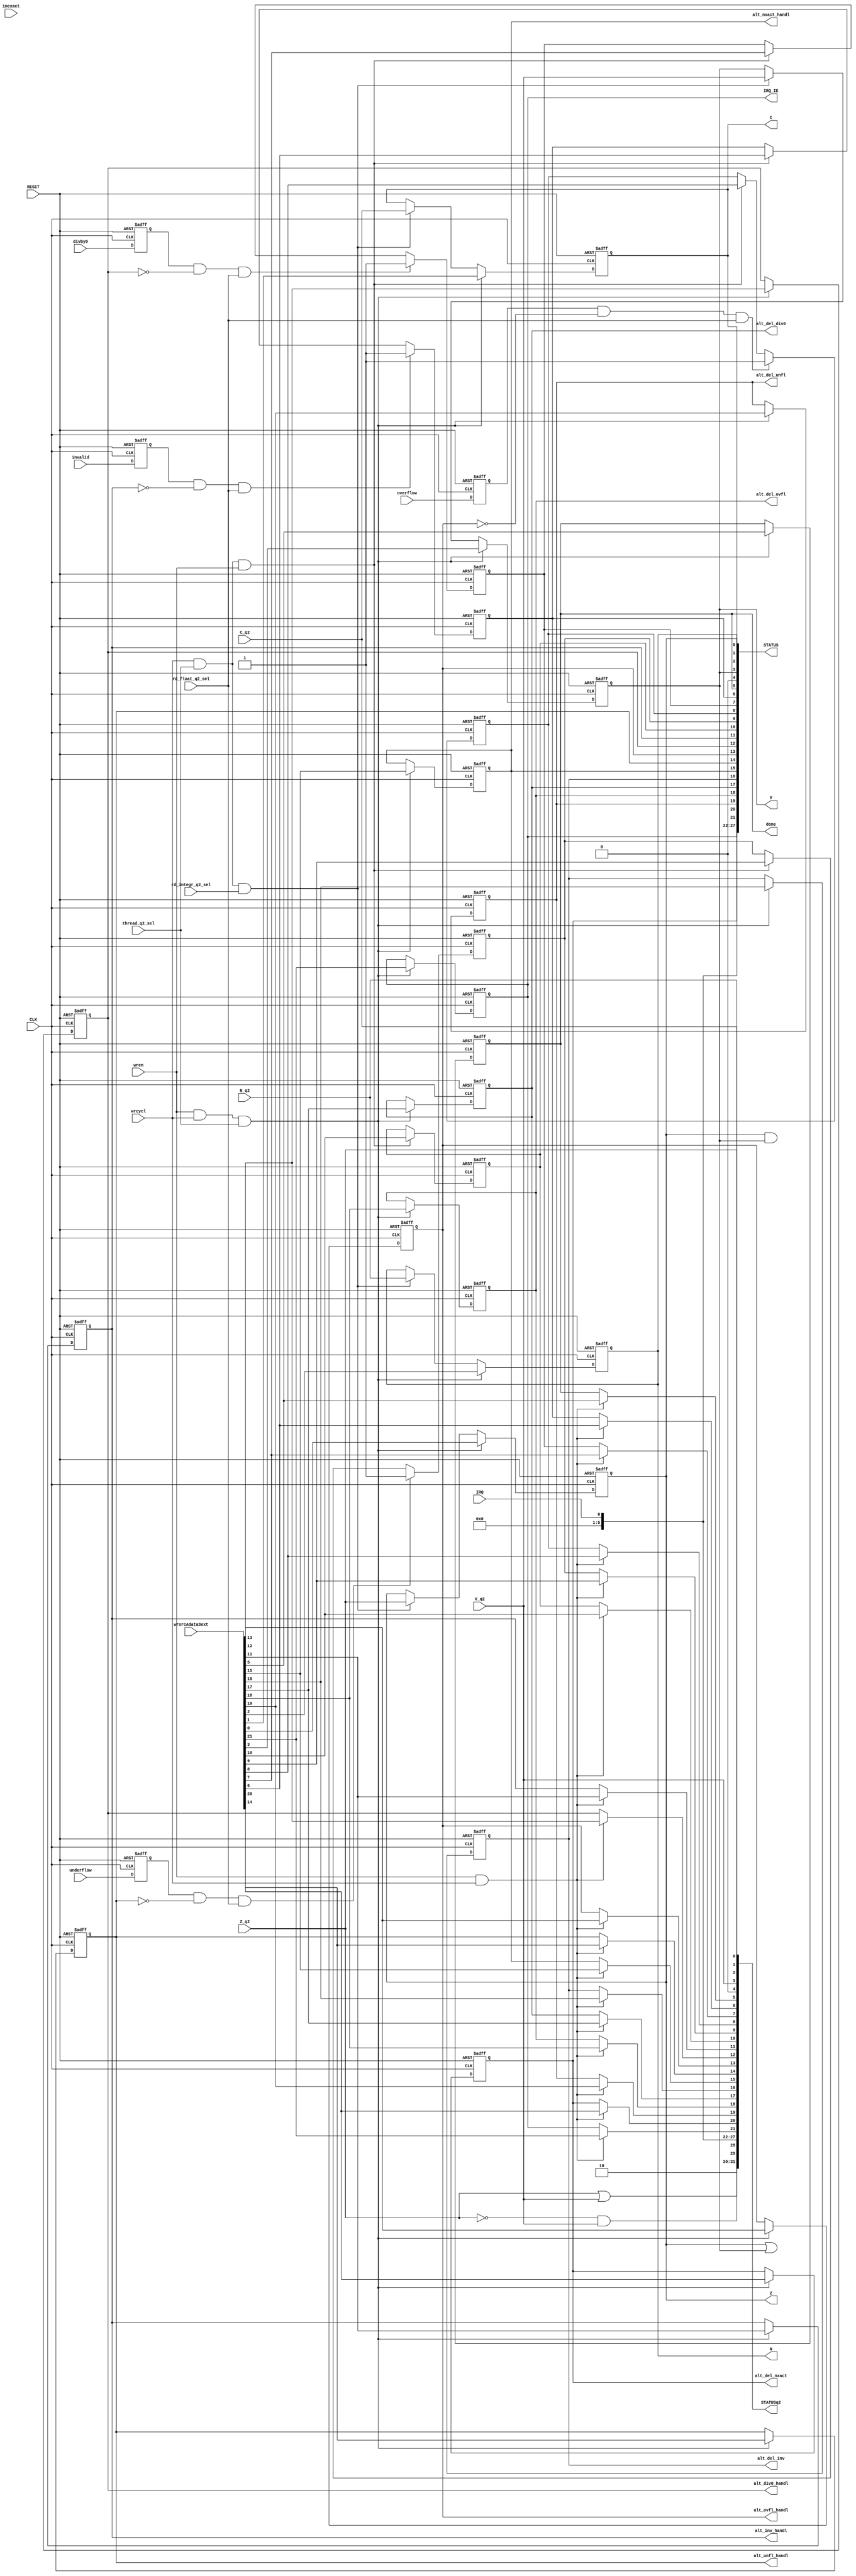
 // STATUS_REG.v
 `timescale 1ns/100ps
 // Version:  1.00  Sept. 23, 2017
 // Copyright (C) 2017.  All rights reserved.
/////////////////////////////////////////////////////////////////////////////////////////////////////////////////////
//                                                                                                                 //
//                                 SYMPL 64-BIT GP-GPU Compute Engine                                              //
//                              Evaluation and Product Development License                                         //
//                                                                                                                 //
// Provided that you comply with all the terms and conditions set forth herein, Jerry D. Harthcock ("licensor"),   //
// the original author and exclusive copyright owner of these SYMPL 64-BIT ~ Verilog RTL IP cores and related      //
// development software ("this IP")  hereby grants recipient of this IP ("licensee"), a world-wide, paid-up,       //
// non-exclusi~ve license to implement this IP in Xilinx, Altera, MicroSemi or Lattice Semiconductor brand FPGAs   //
// only and used for the purposes of evaluation, education, and development of end products and related            //
// development tools only.  Furthermore, limited to the  the purposes of prototyping, evaluation, characterization //
// and testing of their implementation in a hard,  custom or semi-custom ASIC, any university or institution of    //
// higher education may have their implementation of  this IP produced for said limited purposes at any foundary   //
// of their choosing provided that such prototypes do  not ever wind up in commercial circulation with such        //
// license extending to said foundary and is in connection  with said academic pursuit and under the supervision   //
// of said university or institution of higher education.                                                          //
//                                                                                                                 //
// Any customization, modification, or derivative work of this IP must include an exact copy of this license       //
// and original copyright notice at the very top of each source file and derived netlist, and, in the case of      //
// binaries, a printed copy of this license and/or a text format copy in a separate file distributed with said     //
// netlists or binary files having the file name, "LICENSE.txt".  You, the licensee, also agree not to remove      //
// any copyright notices from any source file covered under this Evaluation and Product Development License.       //
//                                                                                                                 //
// LICENSOR DOES NOT WARRANT OR GUARANTEE THAT YOUR USE OF THIS IP WILL NOT INFRINGE THE RIGHTS OF OTHERS OR       //
// THAT IT IS SUITABLE OR FIT FOR ANY PURPOSE AND THAT YOU, THE LICENSEE, AGREE TO HOLD LICENSOR HARMLESS FROM     //
// ANY CLAIM BROUGHT BY YOU OR ANY THIRD PARTY FOR YOUR SUCH USE.                                                  //
//                                                                                                                 //
// Licensor reserves all his rights without prejudice, including, but in no way limited to, the right to change    //
// or modify the terms and conditions of this Evaluation and Product Development License anytime without notice    //
// of any kind to anyone. By using this IP for any purpose, you agree to all the terms and conditions set forth    //
// in this Evaluation and Product Development License.                                                             //
//                                                                                                                 //
// This Evaluation and Product Development License does not include the right to sell products that incorporate    //
// this IP, any IP derived from this IP.  If you would like to obtain such a license, please contact Licensor.     //
//                                                                                                                 //
// Licensor can be contacted at:  SYMPL.gpu@gmail.com                                                              //
//                                                                                                                 //
/////////////////////////////////////////////////////////////////////////////////////////////////////////////////////

module STATUS_REG (
    CLK,
    RESET,
    wrcycl,           
    wren,
    thread_q2_sel,
    wrsrcAdataSext,        
    V_q2,
    N_q2, 
    C_q2, 
    Z_q2,
    V,
    N,
    C,
    Z,
    IRQ,
    done,
    invalid,
    alt_inv_handl,
    divby0,
    alt_div0_handl,
    overflow,
    alt_ovfl_handl,
    underflow,
    alt_unfl_handl,
    inexact,
    alt_nxact_handl,
    alt_del_nxact,
    alt_del_unfl,
    alt_del_ovfl,
    alt_del_div0,
    alt_del_inv,
    IRQ_IE,
    STATUS,
    STATUSq2,
    rd_float_q2_sel,
    rd_integr_q2_sel
);

input  CLK;
input  RESET;
input  wrcycl;           
input  wren;
input  thread_q2_sel;
input  [31:0] wrsrcAdataSext;        
input  V_q2;
input  N_q2; 
input  C_q2; 
input  Z_q2; 
output V;
output N;
output C;
output Z;
input  invalid;
input  divby0;
input  overflow;
input  underflow;
input  inexact;
input  IRQ;
output done;
output alt_del_nxact;
output alt_del_unfl; 
output alt_del_ovfl; 
output alt_del_div0; 
output alt_del_inv;  
output alt_inv_handl;
output alt_div0_handl;
output alt_ovfl_handl;
output alt_unfl_handl;
output alt_nxact_handl;
output IRQ_IE;
output [31:0] STATUS;
output [31:0] STATUSq2;
input rd_float_q2_sel;
input rd_integr_q2_sel;

parameter ST_ADDRS = 18'h0FF88;

reg IRQ_IE; 
reg alt_del_nxact; 
reg alt_del_unfl; 
reg alt_del_ovfl; 
reg alt_del_div0; 
reg alt_del_inv; 
reg alt_nxact_handl; 
reg alt_unfl_handl; 
reg alt_ovfl_handl; 
reg alt_div0_handl; 
reg alt_inv_handl;
reg invalid_flag;
reg divby0_flag;
reg overflow_flag;
reg underflow_flag;
reg inexact_flag;

reg done; 
reg V;
reg N;
reg C;
reg Z;


wire [31:0] STATUS;
wire [31:0] STATUSq2;

assign  STATUS = {  2'b10,
                    Z | V,                 // LTE (less than or equal)
                    Z & V,                 // LT  (less than)
                    5'b00000,
                    IRQ,                   // tr0 general-purpose interrupt request
                    IRQ_IE,                // tr0 general-purpose interrupt request interrupt enable
                    alt_del_nxact,         // 1 = alternate delayed handler, 0 = immediate
                    alt_del_unfl,          // 1 = alternate delayed handler, 0 = immediate
                    alt_del_ovfl,          // 1 = alternate delayed handler, 0 = immediate
                    alt_del_div0,          // 1 = alternate delayed handler, 0 = immediate
                    alt_del_inv,           // 1 = alternate delayed handler, 0 = immediate
                    alt_nxact_handl,       // enable interrupt for alternate inexact exception handler
                    alt_unfl_handl,        // enable interrupt for alternate underflow exception handler
                    alt_ovfl_handl,        // enable interrupt for alternate overflow exception handler
                    alt_div0_handl,        // enable interrupt for alternate divide by 0 exception handler
                    alt_inv_handl,         // enable interrupt for alternate invalid operation exception handler
                    inexact_flag,          // flag indicating inexact result
                    underflow_flag,        // flag indicating result underflow
                    overflow_flag,         // flag indicating result overflow
                    divby0_flag,           // flag indicating result is from divide by zero (divide or log)
                    invalid_flag,          // flag indicating invalid operation
                    done, 
                    1'b0,
                    V,                     // integer overflow flag
                    N,                     // negative (sign) flag for both float and integer
                    C,                     // integer arithmatic carry flag "<" less than if set, ">=" greater than or equal to if cleared
                    Z                      // zero flag for both integer and float "==" equal to if set, "!=" not equal to if cleared
                    };            


assign  STATUSq2 = {2'b10,
                    Z_q2 | V_q2,                // LTE (less than or equal)
                   ~Z_q2 & V_q2,                // LT  (less than)
                    5'b00000,
                    IRQ,                        // general-purpose interrupt request
                    (wren & wrcycl) ? wrsrcAdataSext[21] : IRQ_IE,
                    (wren & wrcycl) ? wrsrcAdataSext[20] : alt_del_nxact,                         
                    (wren & wrcycl) ? wrsrcAdataSext[19] : alt_del_unfl,                         
                    (wren & wrcycl) ? wrsrcAdataSext[18] : alt_del_ovfl,                         
                    (wren & wrcycl) ? wrsrcAdataSext[17] : alt_del_div0,                         
                    (wren & wrcycl) ? wrsrcAdataSext[16] : alt_del_inv,                         
                    (wren & wrcycl) ? wrsrcAdataSext[15] : alt_nxact_handl,
                    (wren & wrcycl) ? wrsrcAdataSext[14] : alt_unfl_handl,
                    (wren & wrcycl) ? wrsrcAdataSext[13] : alt_ovfl_handl,
                    (wren & wrcycl) ? wrsrcAdataSext[12] : alt_div0_handl,
                    (wren & wrcycl) ? wrsrcAdataSext[11] : alt_inv_handl,
                    (wren & wrcycl) ? wrsrcAdataSext[10] : inexact_flag,
                    (wren & wrcycl) ? wrsrcAdataSext[9]  : underflow_flag,
                    (wren & wrcycl) ? wrsrcAdataSext[8]  : overflow_flag,
                    (wren & wrcycl) ? wrsrcAdataSext[7]  : divby0_flag,
                    (wren & wrcycl) ? wrsrcAdataSext[6]  : invalid_flag,
                    (wren & wrcycl) ? wrsrcAdataSext[5]  : done, 
                    1'b0,                                                    
                    V_q2,                                                                                                        
                    N_q2,                                                                                                        
                    C_q2,                                                                                                        
                    Z_q2                                                                                                         
                    };                                                                                                           

 reg invalid_q2;  
 reg divby0_q2;   
 reg overflow_q2; 
 reg underflow_q2;

always@(posedge CLK or posedge RESET) begin
    if (RESET) begin
        IRQ_IE          <= 1'b0;     
        alt_del_nxact   <= 1'b0; 
        alt_del_unfl    <= 1'b0; 
        alt_del_ovfl    <= 1'b0; 
        alt_del_div0    <= 1'b0; 
        alt_del_inv     <= 1'b0; 
        alt_nxact_handl <= 1'b0;
        alt_unfl_handl  <= 1'b0; 
        alt_ovfl_handl  <= 1'b0; 
        alt_div0_handl  <= 1'b0; 
        alt_inv_handl   <= 1'b0;
        invalid_flag    <= 1'b0;
        divby0_flag     <= 1'b0;
        overflow_flag   <= 1'b0;
        underflow_flag  <= 1'b0;
        inexact_flag    <= 1'b0;
        
        done   <= 1'b1; 
        V      <= 1'b0;
        N      <= 1'b0;
        C      <= 1'b0;
        Z      <= 1'b1;
        
        invalid_q2   <= 1'b0;
        divby0_q2    <= 1'b0;
        overflow_q2  <= 1'b0;
        underflow_q2 <= 1'b1;
    end
    else begin
    
       invalid_q2   <= invalid;
       divby0_q2    <= divby0;
       overflow_q2  <= overflow;
       underflow_q2 <= underflow;
        
       if (invalid_q2 && ~alt_inv_handl && rd_float_q2_sel) invalid_flag <= 1'b1;                                                                    
       else if (wrcycl && thread_q2_sel && wren) invalid_flag <= wrsrcAdataSext[6];                                 

       if (divby0_q2 && ~alt_div0_handl && rd_float_q2_sel) divby0_flag <= 1'b1;
       else if ( wrcycl && thread_q2_sel && wren) divby0_flag <= wrsrcAdataSext[7];

       if (overflow_q2 && ~alt_ovfl_handl && rd_float_q2_sel) overflow_flag <= 1'b1;
       else if (wrcycl && thread_q2_sel && wren) overflow_flag <= wrsrcAdataSext[8];

       if (underflow_q2 && ~alt_unfl_handl && rd_float_q2_sel) underflow_flag <= 1'b1;
       else if (wrcycl && thread_q2_sel && wren) underflow_flag <= wrsrcAdataSext[9];

       if (wrcycl && thread_q2_sel && wren) inexact_flag <= wrsrcAdataSext[10];

       if (wren && wrcycl && thread_q2_sel) 
              {IRQ_IE, 
              alt_del_nxact, 
              alt_del_unfl, 
              alt_del_ovfl, 
              alt_del_div0, 
              alt_del_inv, 
              alt_nxact_handl, 
              alt_unfl_handl, 
              alt_ovfl_handl, 
              alt_div0_handl, 
              alt_inv_handl, 
              done, 
              V, 
              N, 
              C, 
              Z} <= {wrsrcAdataSext[21:11], wrsrcAdataSext[5], wrsrcAdataSext[3:0]};
               
       else if (wrcycl && thread_q2_sel && rd_integr_q2_sel)
              {V, N, C, Z} <= {V_q2, N_q2, C_q2, Z_q2};
    end
end    
endmodule